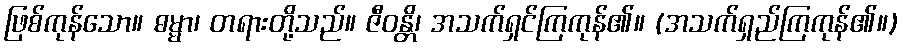
ဖြစ်ကုန်သော။ ဓမ္မာ၊ တရားတို့သည်။ ဇီဝန္တိ၊ အသက်ရှင်ကြကုန်၏။ (အသက်ရှည်ကြကုန်၏။)